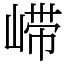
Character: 𫶇